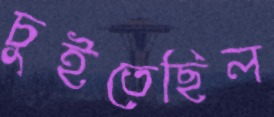
চুইতেছিল